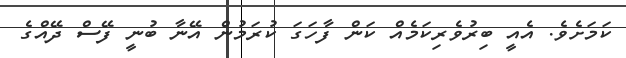
ކަމަށެވެ. އެއީ ބިރުވެރިކަމެއް ކަން ފާހަގަ ކުރަމުން އޭނާ ބުނީ ފޭސް ދޭއްގެ